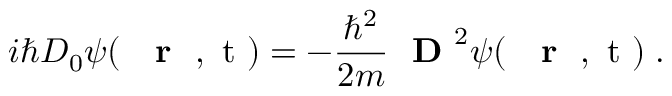
i \hbar D _ { 0 } \psi ( \mathrm { ~ { ~ \bf ~ r ~ } ~ , ~ t ~ } ) = - \frac { \hbar ^ { 2 } } { 2 m } \mathrm { ~ \bf ~ D ~ } ^ { 2 } \psi ( \mathrm { ~ { ~ \bf ~ r ~ } ~ , ~ t ~ } ) \; .